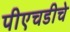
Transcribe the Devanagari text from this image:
पीएचडीचे